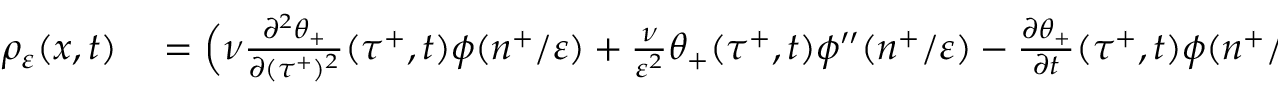
\begin{array} { r l } { \rho _ { \varepsilon } ( x , t ) } & { { } = \Big ( \nu \frac { \partial ^ { 2 } \theta _ { + } } { \partial ( \tau ^ { + } ) ^ { 2 } } ( \tau ^ { + } , t ) \phi ( n ^ { + } / \varepsilon ) + \frac { \nu } { \varepsilon ^ { 2 } } \theta _ { + } ( \tau ^ { + } , t ) \phi ^ { \prime \prime } ( n ^ { + } / \varepsilon ) - \frac { \partial \theta _ { + } } { \partial t } ( \tau ^ { + } , t ) \phi ( n ^ { + } / \varepsilon ) } \end{array}